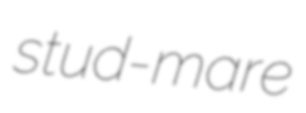
stud-mare